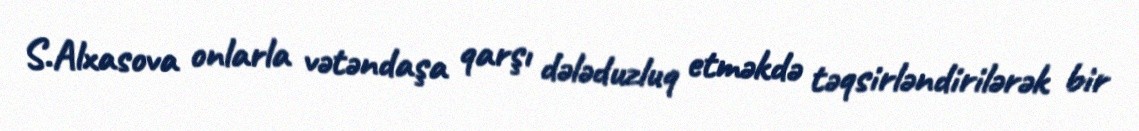
S.Alxasova onlarla vətəndaşa qarşı dələduzluq etməkdə təqsirləndirilərək bir